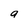
Character: a